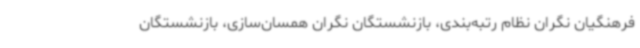
فرهنگیان نگران نظام رتبه‌بندی، بازنشستگان نگران همسان‌سازی، بازنشستگان